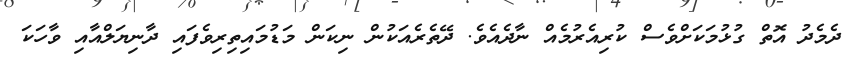
ދެމެދު އޮތް ގުޅުމަކަށްވެސް ކުރިއެރުމެއް ނާދެއެވެ. ދޭތެރެއަކުން ނިކަން މަޑުމައިތިރިވެފައި ދާނިޔަލްއާއި ވާހަކަ